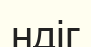
ндіг